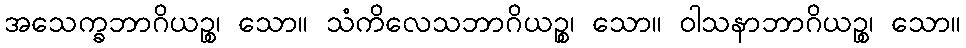
အသေက္ခဘာဂိယဉ္စ၊ သော။ သံကိလေသဘာဂိယဉ္စ၊ သော။ ဝါသနာဘာဂိယဉ္စ၊ သော။